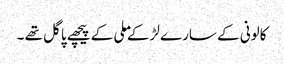
کالونی کے سارے لڑکے ملی کے پیچھے پاگل تھے ۔